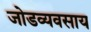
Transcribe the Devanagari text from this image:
जोडव्यवसाय